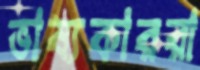
ভাষ্যকাররা